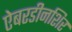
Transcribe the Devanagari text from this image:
ऐबरडीनशिर